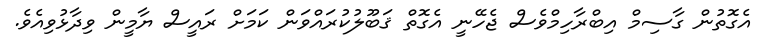
އެގޮތުން ގާސިމް އިބްރާހިމްވެސް ޖެހޭނީ އެގޮތް ޤަބޫލުކުރައްވަން ކަމަށް ރައީސް ޔާމީން ވިދާޅުވިއެވެ.